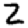
Digit: 2